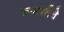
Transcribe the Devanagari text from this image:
फार्मसीचे